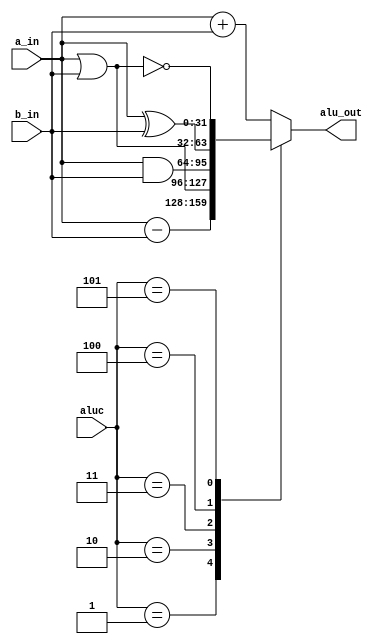
`timescale 1ns / 1ps
//////////////////////////////////////////////////////////////////////////////////
// Company: 
// Engineer: 
// 
// Design Name: 
// Module Name: ALU
// Project Name: 
// Target Devices: 
// Tool Versions: 
// Description: 
// 
// Dependencies: 
// 
// Revision:
// Revision 0.01 - File Created
// Additional Comments:
// 
//////////////////////////////////////////////////////////////////////////////////


module ALU(
    input [31:0] a_in, b_in,
    input [2:0] aluc,
    output reg [31:0] alu_out
    );
    always @(*) begin
	    case(aluc) 
	        3'b000: alu_out <= a_in + b_in; 
	        3'b001: alu_out <= a_in - b_in;
	        3'b010: alu_out <= a_in | b_in;
	        3'b011: alu_out <= a_in & b_in;
	        3'b100: alu_out <= a_in ^ b_in;
	        3'b101: alu_out <= ~(a_in | b_in);
		    default: alu_out <= a_in + b_in; 
	    endcase
    end
endmodule